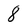
Character: 8